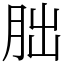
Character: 朏